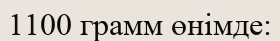
1100 грамм өнімде: